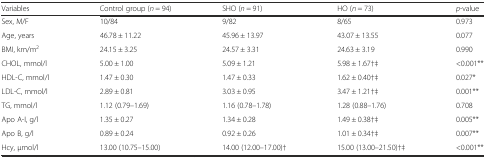
<table><thead><tr><td><b>Variables</b></td><td><b>Control group (<i>n</i> = 94)</b></td><td><b>SHO (<i>n</i> = 91)</b></td><td><b>HO (<i>n</i> = 73)</b></td><td><b><i>p</i>-value</b></td></tr></thead><tbody><tr><td>Sex, M/F</td><td>10/84</td><td>9/82</td><td>8/65</td><td>0.973</td></tr><tr><td>Age, years</td><td>46.78 ± 11.22</td><td>45.96 ± 13.97</td><td>43.07 ± 13.55</td><td>0.077</td></tr><tr><td>BMI, km/m<sup>2</sup></td><td>24.15 ± 3.25</td><td>24.57 ± 3.31</td><td>24.63 ± 3.19</td><td>0.990</td></tr><tr><td>CHOL, mmol/l</td><td>5.00 ± 1.00</td><td>5.09 ± 1.21</td><td>5.98 ± 1.67†‡</td><td>&lt;0.001**</td></tr><tr><td>HDL-C, mmol/l</td><td>1.47 ± 0.30</td><td>1.47 ± 0.33</td><td>1.62 ± 0.40†‡</td><td>0.027*</td></tr><tr><td>LDL-C, mmol/l</td><td>2.89 ± 0.81</td><td>3.03 ± 0.95</td><td>3.47 ± 1.21†‡</td><td>0.001**</td></tr><tr><td>TG, mmol/l</td><td>1.12 (0.79–1.69)</td><td>1.16 (0.78–1.78)</td><td>1.28 (0.88–1.76)</td><td>0.708</td></tr><tr><td>Apo A-I, g/l</td><td>1.35 ± 0.27</td><td>1.34 ± 0.28</td><td>1.49 ± 0.38†‡</td><td>0.005**</td></tr><tr><td>Apo B, g/l</td><td>0.89 ± 0.24</td><td>0.92 ± 0.26</td><td>1.01 ± 0.34†‡</td><td>0.007**</td></tr><tr><td>Hcy, μmol/l</td><td>13.00 (10.75–15.00)</td><td>14.00 (12.00–17.00)†</td><td>15.00 (13.00–21.50)†‡</td><td>&lt;0.001**</td></tr></tbody></table>